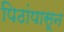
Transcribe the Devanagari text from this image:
पिठांपासून